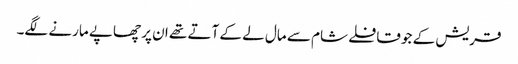
قریش کے جو قافلے شام سے مال لے کے آتے تھے ان پر چھاپے مارنے لگے۔